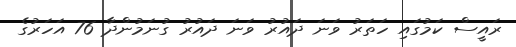
ރައީސް ކަމުގައި ހަތަރު ވަނަ ދައުރު ވަނަ ދައުރު ގުނަމުންދާ 76 އަހަރުގެ